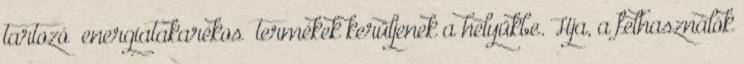
tartozó „energiatakarékos” termékek kerüljenek a helyükbe. Hja, a felhasználók